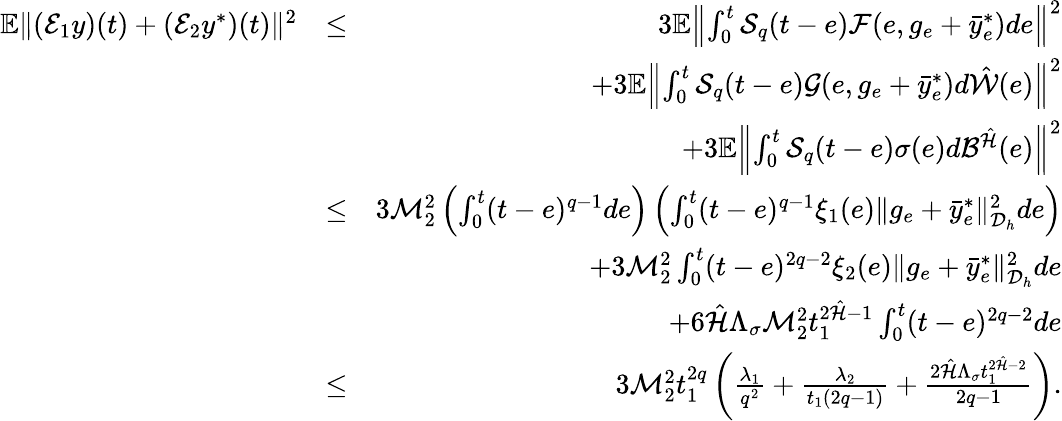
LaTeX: \begin{array}{rlr}{\mathbb{E}\| ({\cal E}_{1}y)(t)+({\cal E}_{2}y^{*})(t)\| ^{2}}&{\leq}&{3\mathbb{E}\left\| \int_{0}^{t}{\cal S}_{q}(t-e){\cal F}(e,g_{e}+\bar{y}_{e}^{*})de\right\| ^{2}}\\ &{}&{+3\mathbb{E}\left\| \int_{0}^{t}{\cal S}_{q}(t-e){\cal G}(e,g_{e}+\bar{y}_{e}^{*})d\hat{\cal W}(e)\right\| ^{2}}\\ &{}&{+3\mathbb{E}\left\| \int_{0}^{t}{\cal S}_{q}(t-e)\sigma(e)d{\cal B}^{\hat{\cal H}}(e)\right\| ^{2}}\\ &{\leq}&{3{\cal M}_{2}^{2}\left(\int_{0}^{t}(t-e)^{q-1}de\right)\left(\int_{0}^{t}(t-e)^{q-1}\xi_{1}(e)\| g_{e}+\bar{y}_{e}^{*}\| _{{\cal D}_{h}}^{2}de\right)}\\ &{}&{+3{\cal M}_{2}^{2}\int_{0}^{t}(t-e)^{2q-2}\xi_{2}(e)\| g_{e}+\bar{y}_{e}^{*}\| _{{{\cal D}_{h}}}^{2}de}\\ &{}&{+6\hat{\cal H}\Lambda_{\sigma}{\cal M}_{2}^{2}t_{1}^{2\hat{\cal H}-1}\int_{0}^{t}(t-e)^{2q-2}de}\\ &{\leq}&{3{\cal M}_{2}^{2}{t}_{1}^{2q}\left(\frac{\lambda_{1}}{q^{2}}+\frac{\lambda_{2}}{t_{1}(2q-1)}+\frac{2\hat{\cal H}\Lambda_{\sigma}t_{1}^{2\hat{\cal H}-2}}{2q-1}\right).}\end{array}